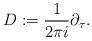
LaTeX: \begin{align*}D := \frac{1}{2\pi i } \partial_\tau.\end{align*}